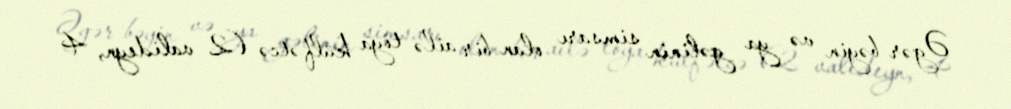
Əgər bəyin və ya gəlinin simsarı olan bir ailə toya külfətcə (2 valideyn, 4